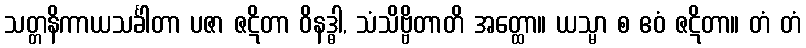
သတ္တနိကာယသင်္ခါတာ ပဇာ ဇဋိတာ ဝိနဒ္ဓါ, သံသိဗ္ဗိတာတိ အတ္ထော။ ယသ္မာ စ ဧဝံ ဇဋိတာ။ တံ တံ